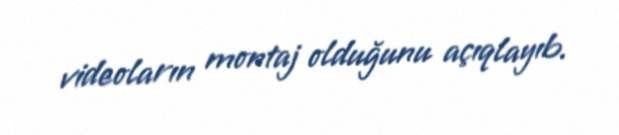
videoların montaj olduğunu açıqlayıb.